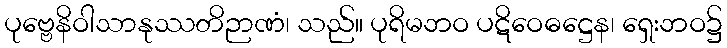
ပုဗ္ဗေနိဝါသာနုဿတိဉာဏံ၊ သည်။ ပုရိမဘဝ ပဋိဝေဓဋ္ဌေန၊ ရှေးဘဝ၌